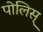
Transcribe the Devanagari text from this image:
पोलिस्